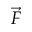
\vec { F }